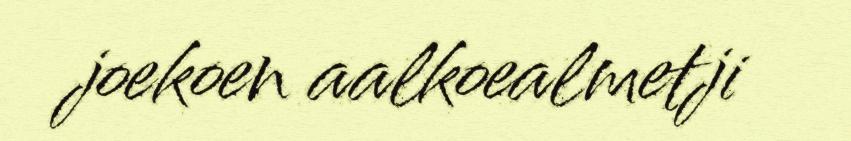
joekoen aalkoealmetji